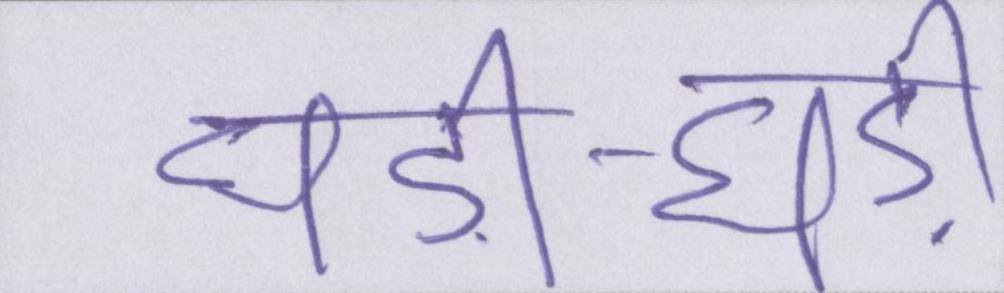
घड़ी-घड़ी